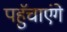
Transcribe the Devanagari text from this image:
पहुॅचाएंगे